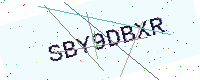
Text: SBY9DBXR